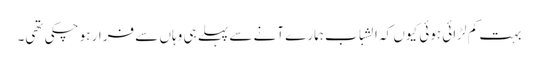
بہت کم لڑائی ہوئی کیوں کہ الشباب ہمارے آنے سے پہلے ہی وہاں سے فرار ہو چکی تھی۔